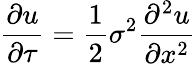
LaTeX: {\frac{\partial u}{\partial\tau}}={\frac{1}{2}}\sigma^{2}{\frac{\partial^{2}u}{\partial x^{2}}}